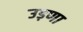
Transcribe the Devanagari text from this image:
उड़णा